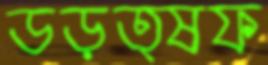
ডড়ত্ষফ